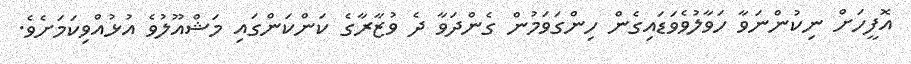
އޮފީހަށް ނިކުންނަވާ ހަވާލުވެވަޑައިގެން ހިންގަވަމުން ގެންދަވާ ދެ ވުޒާރާގެ ކަންކަންގައި މަޝްއޫލުވެ އުޅުއްވިކަމަށެވެ.